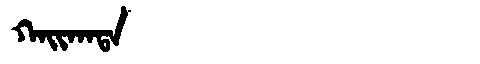
Manchu: ᡴᠠᡳᡴᠠᡨᠠ
Romanization: KAIKATA